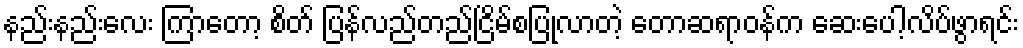
နည်းနည်းလေး ကြာတော့ စိတ် ပြန်လည်တည်ငြိမ်စပြုလာတဲ့ တောဆရာဝန်က ဆေးပေါ့လိပ်ဖွာရင်း